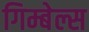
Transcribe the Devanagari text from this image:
गिम्बेल्स